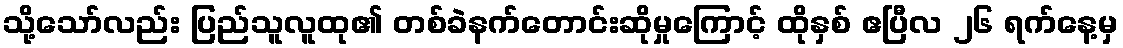
သို့သော်လည်း ပြည်သူလူထု၏ တစ်ခဲနက်တောင်းဆိုမှုကြောင့် ထိုနှစ် ဧပြီလ ၂၆ ရက်နေ့မှ